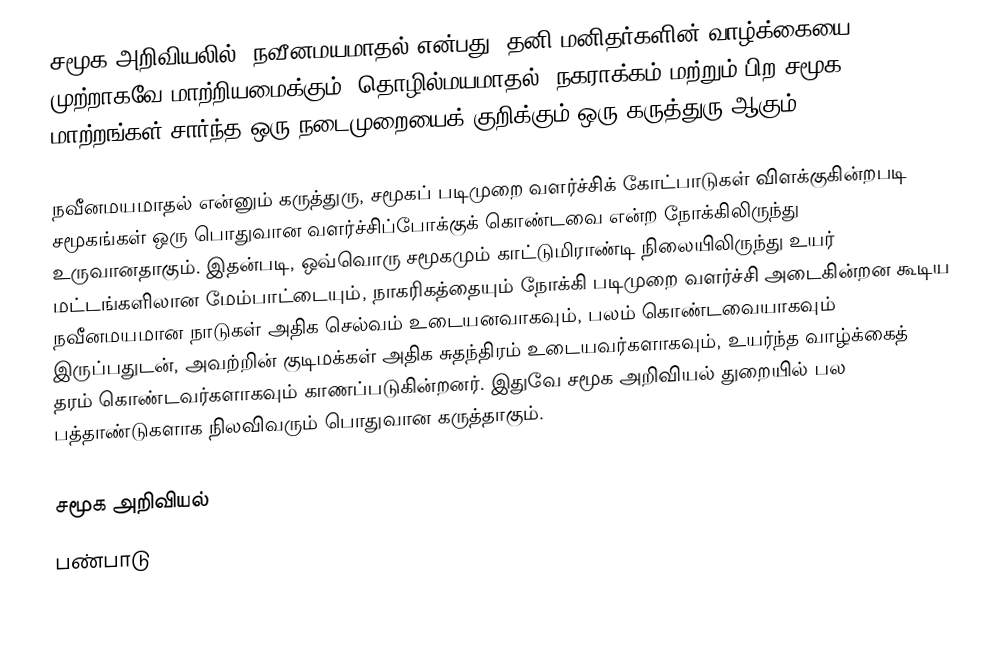
சமூக அறிவியலில், நவீனமயமாதல் என்பது, தனி மனிதர்களின் வாழ்க்கையை முற்றாகவே மாற்றியமைக்கும், தொழில்மயமாதல், நகராக்கம் மற்றும் பிற சமூக மாற்றங்கள் சார்ந்த ஒரு நடைமுறையைக் குறிக்கும் ஒரு கருத்துரு ஆகும்.

நவீனமயமாதல் என்னும் கருத்துரு, சமூகப் படிமுறை வளர்ச்சிக் கோட்பாடுகள் விளக்குகின்றபடி சமூகங்கள் ஒரு பொதுவான வளர்ச்சிப்போக்குக் கொண்டவை என்ற நோக்கிலிருந்து உருவானதாகும். இதன்படி, ஒவ்வொரு சமூகமும் காட்டுமிராண்டி நிலையிலிருந்து உயர் மட்டங்களிலான மேம்பாட்டையும், நாகரிகத்தையும் நோக்கி படிமுறை வளர்ச்சி அடைகின்றன கூடிய நவீனமயமான நாடுகள் அதிக செல்வம் உடையனவாகவும், பலம் கொண்டவையாகவும் இருப்பதுடன், அவற்றின் குடிமக்கள் அதிக சுதந்திரம் உடையவர்களாகவும், உயர்ந்த வாழ்க்கைத் தரம் கொண்டவர்களாகவும் காணப்படுகின்றனர். இதுவே சமூக அறிவியல் துறையில் பல பத்தாண்டுகளாக நிலவிவரும் பொதுவான கருத்தாகும்.

சமூக அறிவியல்
பண்பாடு